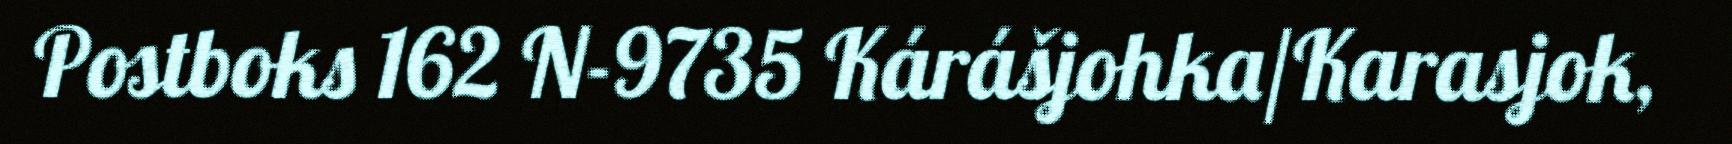
Postboks 162 N-9735 Kárášjohka/Karasjok,